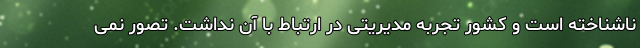
ناشناخته است و کشور تجربه مدیریتی در ارتباط با آن نداشت. تصور نمی